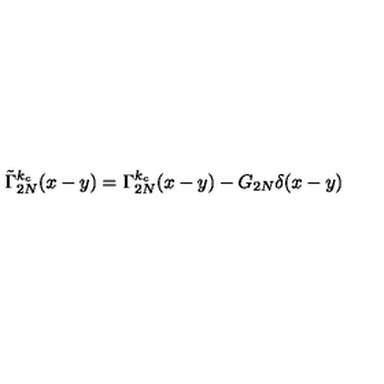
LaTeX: \tilde { \Gamma } _ { 2 N } ^ { k _ { c } } ( x - y ) = \Gamma _ { 2 N } ^ { k _ { c } } ( x - y ) - G _ { 2 N } \delta ( x - y )